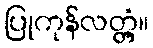
ပြုကုန်လတ္တံ့။